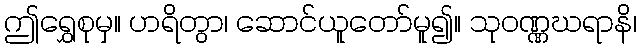
ဤရွှေစုမှ။ ဟရိတွာ၊ ဆောင်ယူတော်မူ၍။ သုဝဏ္ဏဃရာနိ၊